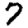
Digit: 7